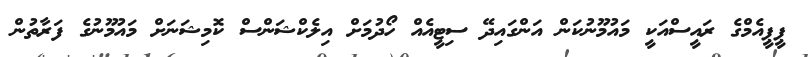
ޕީޕީއެމްގެ ރައީސްއަކީ މައުމޫނުކަން އަންގައިދޭ ސިޓީއެއް ހޯދުމަށް އިލެކްޝަންސް ކޮމިޝަނަށް މައުމޫނުގެ ފަރާތުން